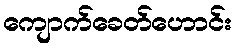
ကျောက်ခေတ်ဟောင်း